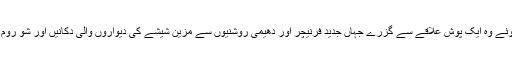
واپس آتے ہوئے وہ ایک پوش علاقے سے گزرے جہاں جدید فرنیچر اور دھیمی روشنیوں سے مزین شیشے کی دیواروں والی دکانیں اور شو روم کھلے تھے۔